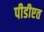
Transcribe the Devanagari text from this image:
पीडीएत